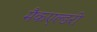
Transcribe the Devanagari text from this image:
मैकएल्डरी